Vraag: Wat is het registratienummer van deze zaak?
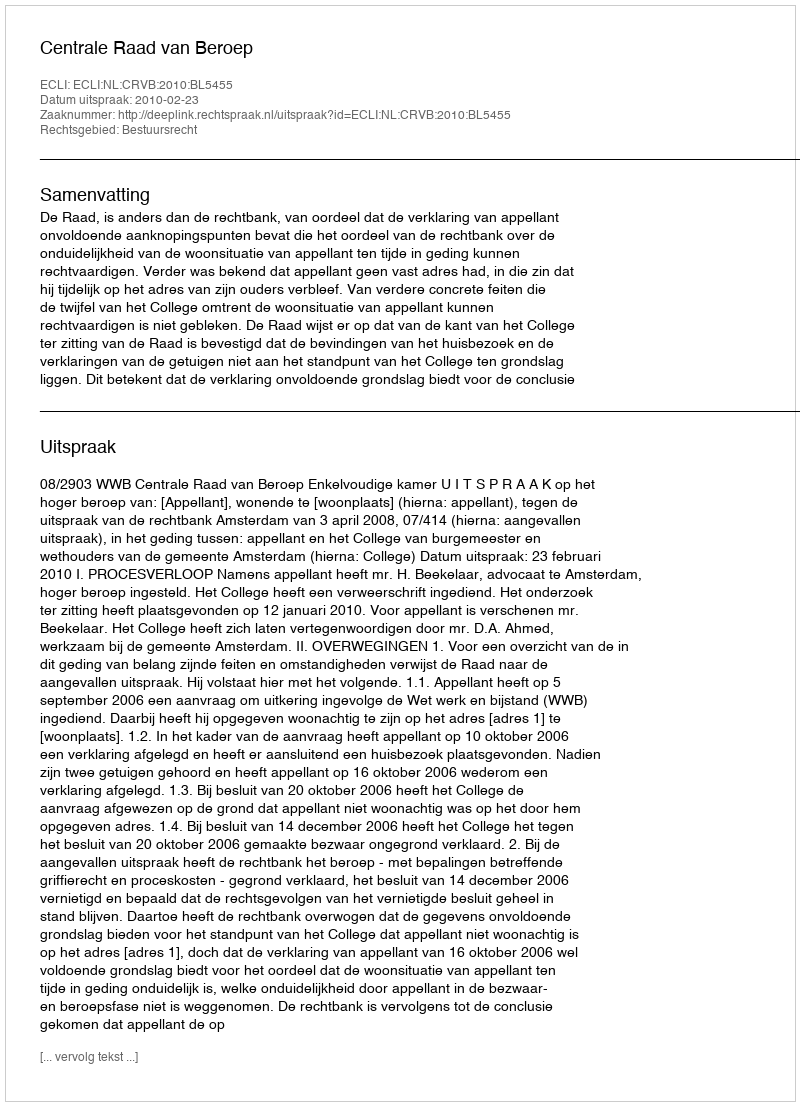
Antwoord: http://deeplink.rechtspraak.nl/uitspraak?id=ECLI:NL:CRVB:2010:BL5455